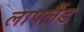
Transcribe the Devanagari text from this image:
लापलैंड